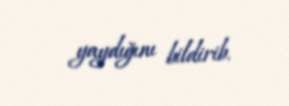
yaydığını bildirib.